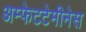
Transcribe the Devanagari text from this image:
अम्फेटटेमीनेस